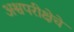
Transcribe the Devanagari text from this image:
अश्वपरीक्षेचे